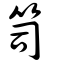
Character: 笥